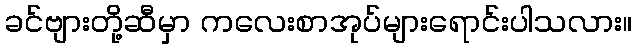
ခင်ဗျားတို့ဆီမှာ ကလေးစာအုပ်များရောင်းပါသလား။